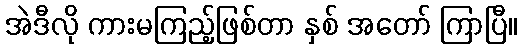
အဲဒီလို ကားမကြည့်ဖြစ်တာ နှစ် အတော် ကြာပြီ။